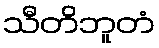
သီတိဘူတံ